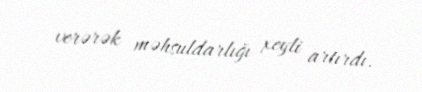
verərək məhsuldarlığı xeyli artırdı.